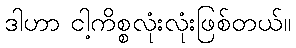
ဒါဟာ ငါ့ကိစ္စလုံးလုံးဖြစ်တယ်။